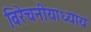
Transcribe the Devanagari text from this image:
विरेचनीयाध्याय